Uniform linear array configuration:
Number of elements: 64
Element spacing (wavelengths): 0.5
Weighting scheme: cosine
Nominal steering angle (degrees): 0
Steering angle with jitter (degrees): -0.986
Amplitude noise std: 0.05
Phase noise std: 0.05

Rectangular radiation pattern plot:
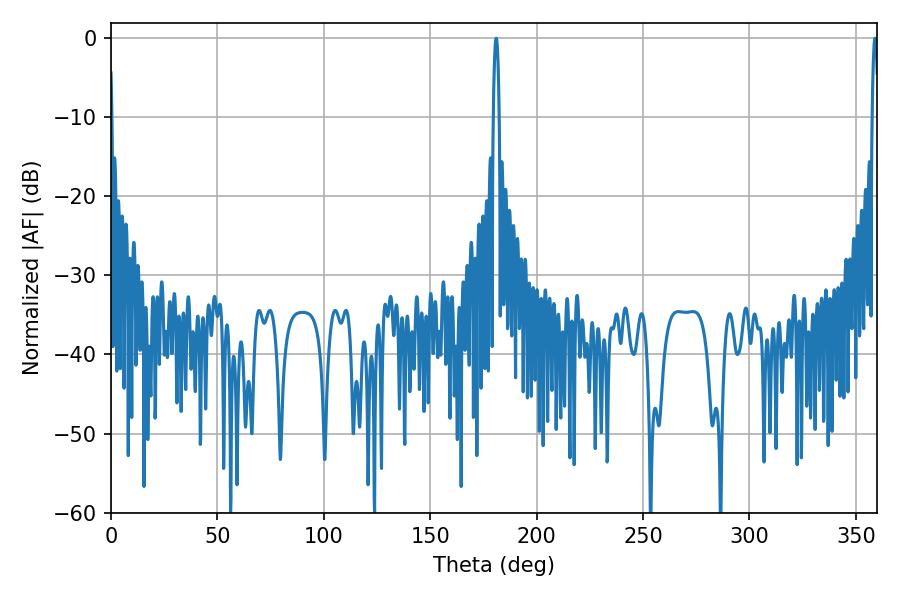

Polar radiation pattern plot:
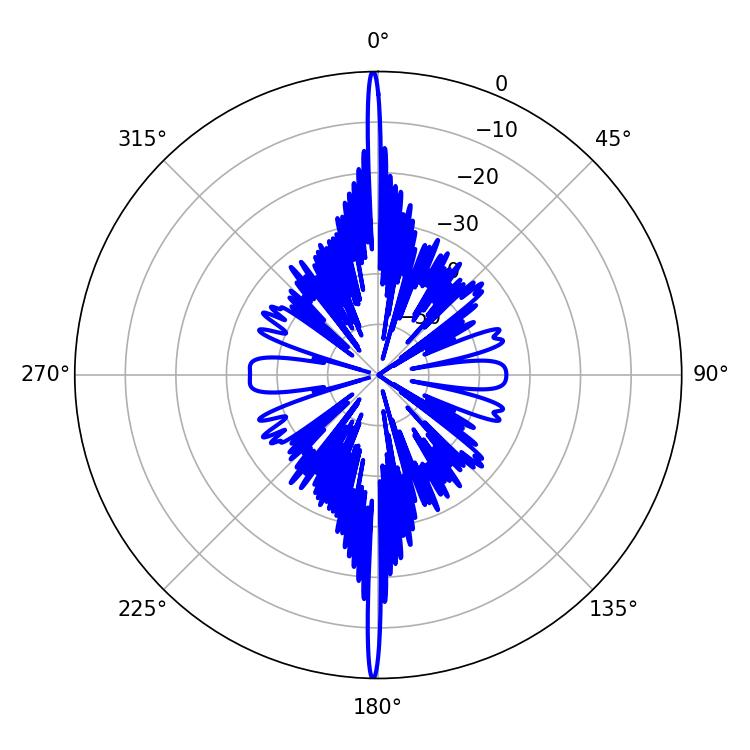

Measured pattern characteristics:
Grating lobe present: FALSE
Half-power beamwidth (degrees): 1.62
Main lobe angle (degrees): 180.9